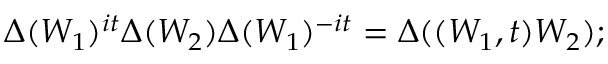
\Delta ( W _ { 1 } ) ^ { i t } \Delta ( W _ { 2 } ) \Delta ( W _ { 1 } ) ^ { - i t } = \Delta ( \l ( W _ { 1 } , t ) W _ { 2 } ) ;